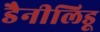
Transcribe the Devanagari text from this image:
डैनीलिडू